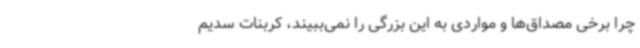
چرا برخی مصداق‌ها و مواردی به این بزرگی را نمی‌ببیند، کربنات سدیم